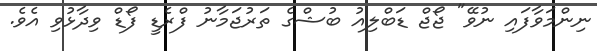
ނިންމަވާފައި ނުވޭ" ޖޯޖް ޑަބްލިއު ބުޝްގެ ތަރުޖަމާނު ފްރެޑީ ފޯޑް ވިދާޅުވި އެވެ.